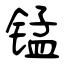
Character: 锰